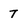
Character: 7